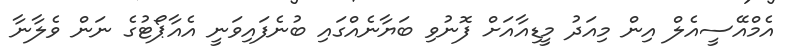
އެމްއޭސީއެލް އިން މިއަދު މީޑިއާއަށް ފޮނުވި ބަޔާނެއްގައި ބުނެފައިވަނީ އެއާޕޯޓުގެ ނަން ވެލާނާ